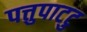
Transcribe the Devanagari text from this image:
पत्तुपाटटु